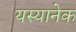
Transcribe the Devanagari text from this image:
यस्यानेक